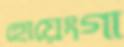
হোয়েংগা